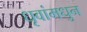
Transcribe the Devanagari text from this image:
धृवांमधुन